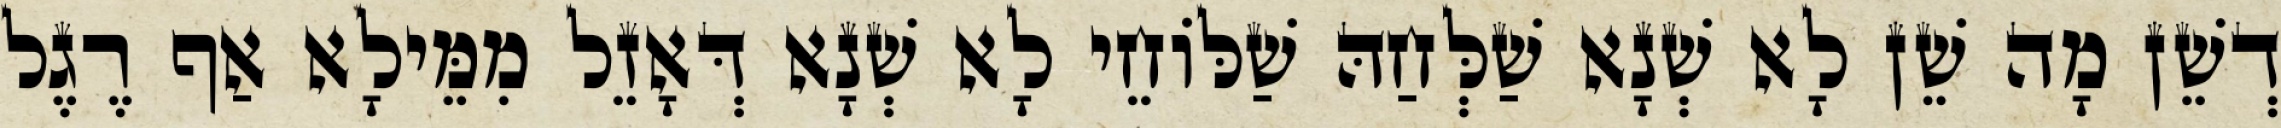
דְשֵׁן מָה שֵׁן לָא שְׁנָא שַׁלְּחַהּ שַׁלּוֹחֵי לָא שְׁנָא דְּאָזֵל מִמֵּילָא אַף רֶגֶל